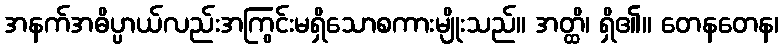
အနက်အဓိပ္ပာယ်လည်းအကြွင်းမရှိသောစကားမျိုးသည်။ အတ္ထိ၊ ရှိ၏။ တေနတေန၊